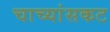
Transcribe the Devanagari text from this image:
चाच्यांसकट